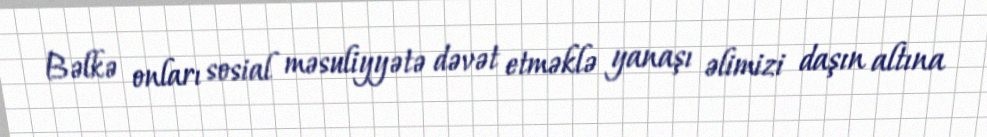
Bəlkə onları sosial məsuliyyətə dəvət etməklə yanaşı əlimizi daşın altına